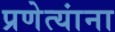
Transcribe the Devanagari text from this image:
प्रणेत्यांना